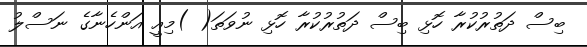
ބިސް ދަތުރުކުރާ ހޮޅި ބިސް ދަތުރުކުރާ ހޮޅި ނުވަތަ( )މިއީ އަންހެނާގެ ނަސްލު